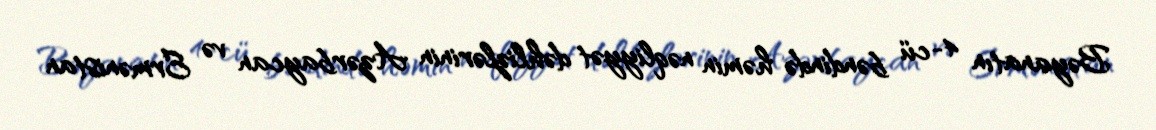
Bəyanatın 4-cü bəndində həmin nəqliyyət dəhlizlərinin Azərbaycan və Ermənistan